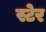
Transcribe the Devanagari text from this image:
स्टेर